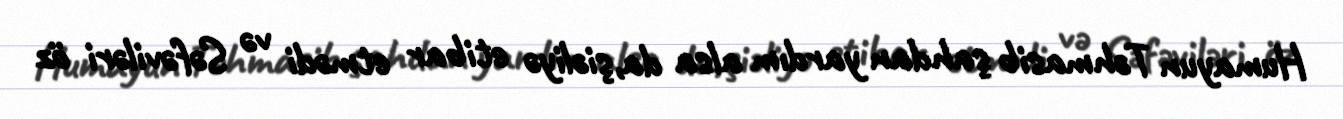
Humayun Təhmasib şahdan yardım alsa da,şiəliyə etibar etmədi və Səfəviləri öz